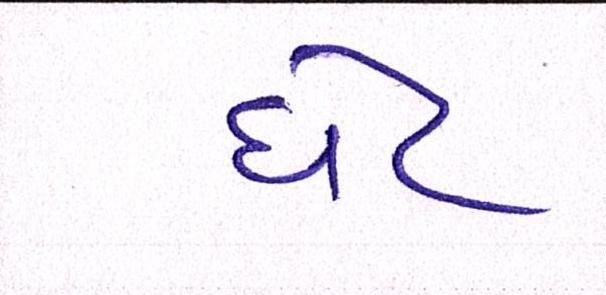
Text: ધેટ